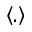
\left\langle . \right\rangle